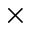
\times